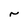
Character: r